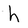
Character: h